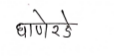
मजकूर: घाणेरडे